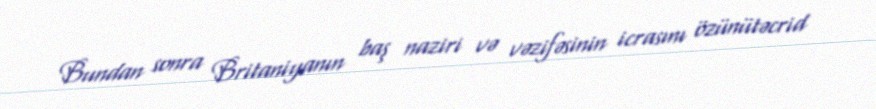
Bundan sonra Britaniyanın baş naziri və vəzifəsinin icrasını özünütəcrid